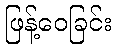
ဖြန့်ဝေခြင်း